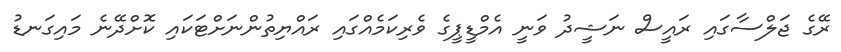
ރޭގެ ޖަލްސާގައި ރައީސް ނަޝީދު ވަނީ އެމްޑީޕީގެ ވެރިކަމެއްގައި ރައްޔިތުންނަށްޓަކައި ކޮށްދޭނެ މައިގަނޑު